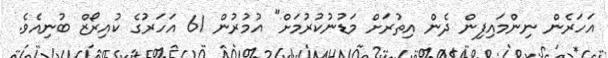
އަހަރެން ނިންމައިފިން ދެން އިތުރަށް މަޑުނުކުރުމަށް" އުމުރުން 61 އަހަރުގެ ކުއިރޯޒް ބުނިއެވެ.